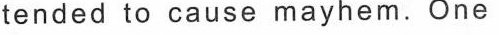
tended to cause mayhem. One